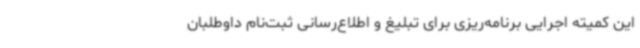
این کمیته اجرایی برنامه‌ریزی برای تبلیغ و اطلاع‌رسانی ثبت‌نام داوطلبان